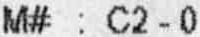
M# : C2 - 0